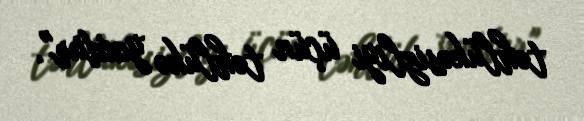
təhlükəsizliyi üçün təhlükə yoxdur".